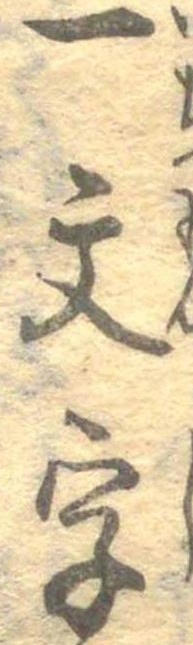
一文字